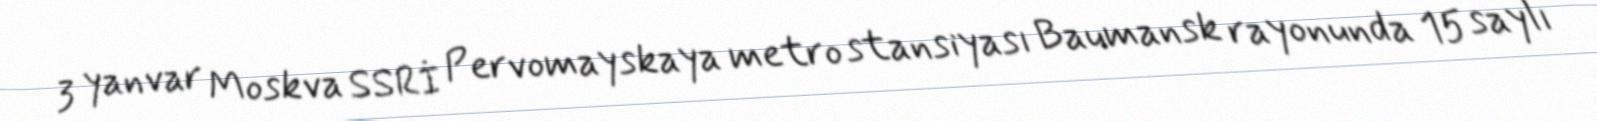
3 yanvar Moskva SSRİ Pervomayskaya metro stansiyası Baumansk rayonunda 15 saylı